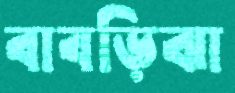
বাবড়িঝা